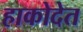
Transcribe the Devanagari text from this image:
हाकोदेत